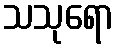
သသုရော